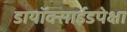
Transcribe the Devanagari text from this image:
डायॉक्साईडपेक्षा